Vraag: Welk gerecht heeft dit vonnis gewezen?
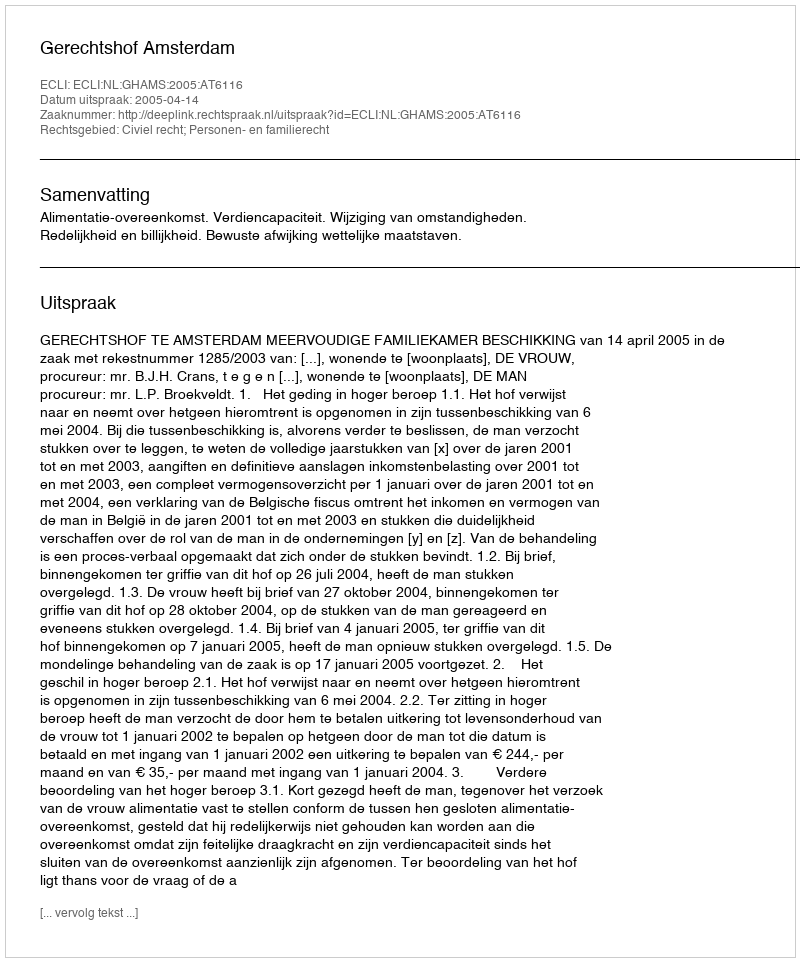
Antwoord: Gerechtshof Amsterdam